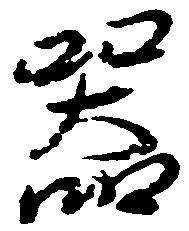
器